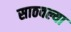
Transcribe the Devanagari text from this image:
साठवल्या